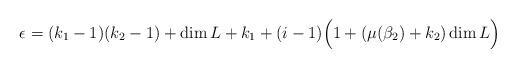
LaTeX: \begin{align*}\epsilon = (k_1 -1)(k_2 -1) + \dim L + k_1 +(i-1)\Big(1+(\mu(\beta_2)+k_2) \dim L\Big)\end{align*}